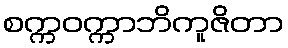
စက္ကဝက္ကာဘိကူဇိတာ